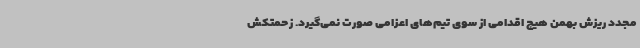
مجدد ریزش بهمن هیچ اقدامی از سوی تیم‌های اعزامی صورت نمی‌گیرد. زحمتکش